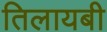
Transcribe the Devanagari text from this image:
तिलायबी